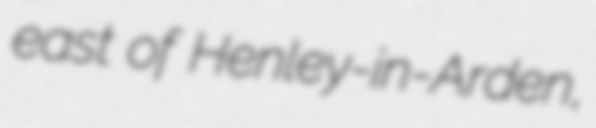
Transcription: east of Henley-in-Arden,